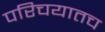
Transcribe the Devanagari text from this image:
परिचयातच